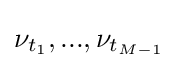
\nu _{t_{1}},...,\nu _{t_{M-1}}